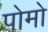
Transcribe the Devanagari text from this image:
पोमो